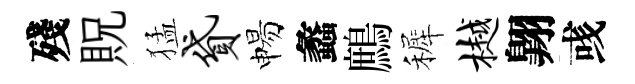
殘貺猛贷惕蠡鷓裤樾翺彧